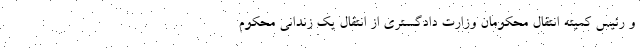
و رئیس کمیته انتقال محکومان وزارت دادگستری از انتقال یک زندانی محکوم